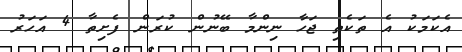
އެކަމަކު އެ ތަކެތި ޖަހާ ނިންމާ ބޭނުން ކުރަން ފެށިތާ 4 އަހަރު